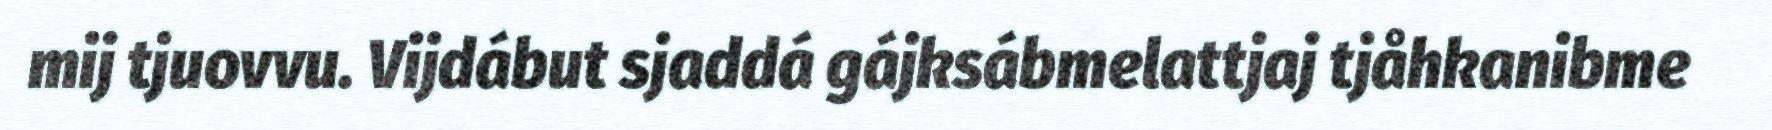
mij tjuovvu. Vijdábut sjaddá gájksábmelattjaj tjåhkanibme